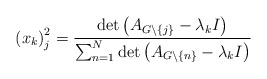
\begin{align*}\left( x_{k}\right) _{j}^{2}=\frac{\det\left( A_{G\backslash\left\{j\right\} }-\lambda_{k}I\right) }{\sum_{n=1}^{N}\det\left( A_{G\backslash\left\{ n\right\} }-\lambda_{k}I\right) }\end{align*}